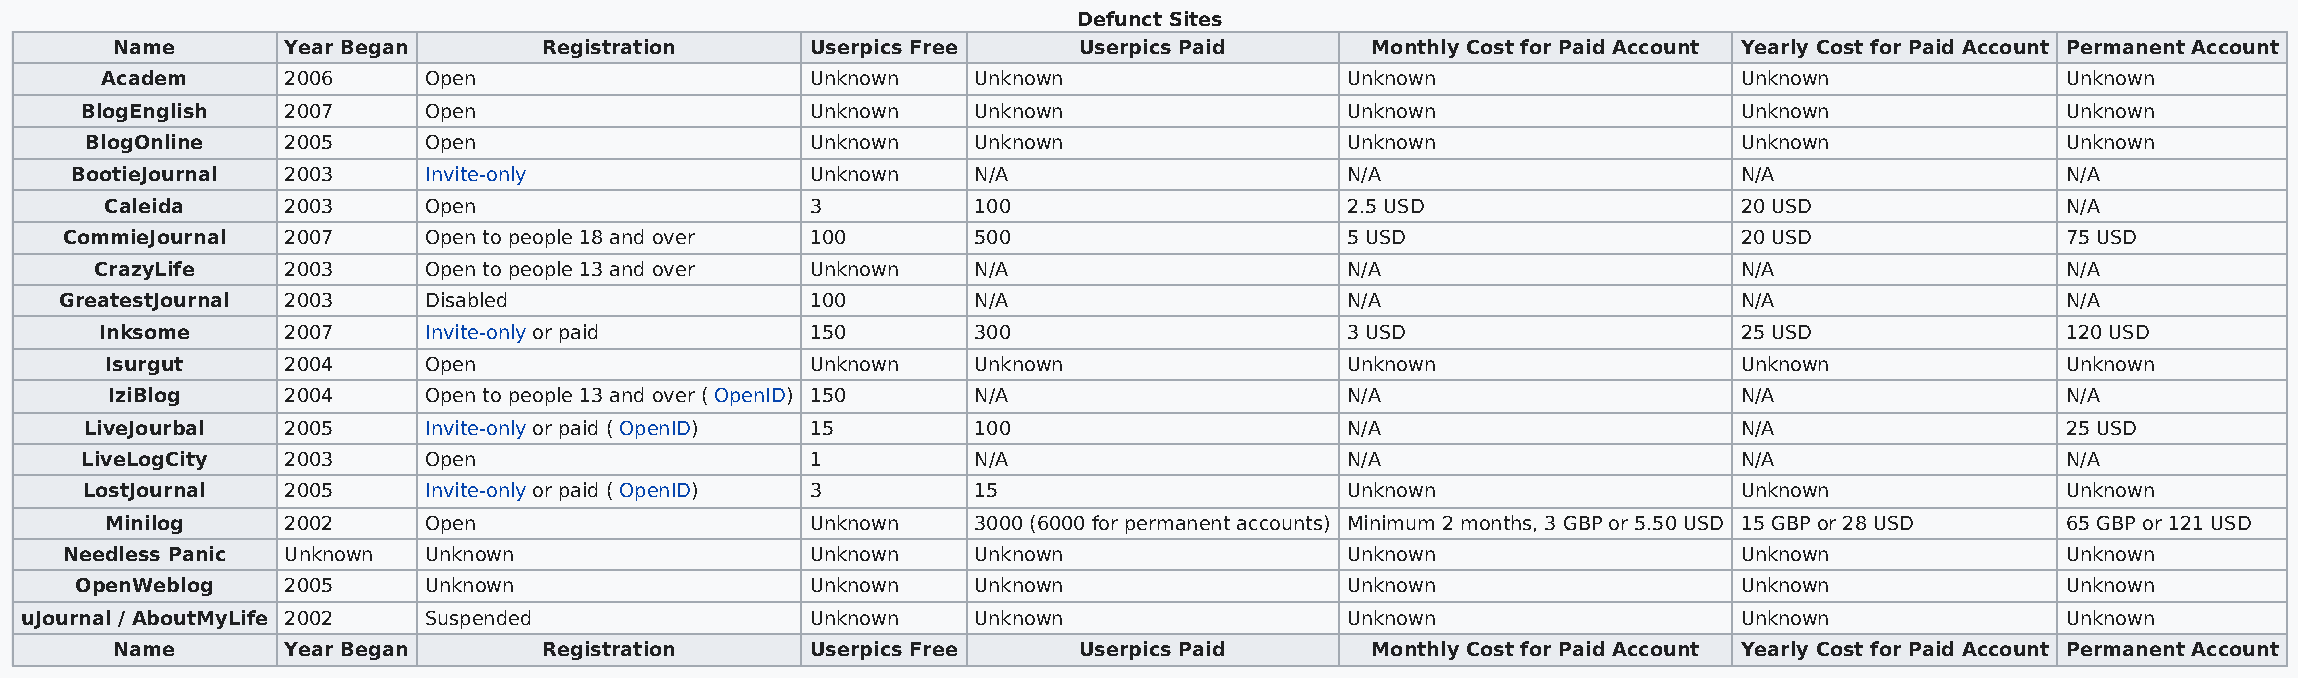
Defunct Sites
 Name       Year Began       Registration      Userpics Free    Userpics Paid       Monthly Cost for Paid Account Yearly Cost for Paid Account Permanent Account
 Academ      2006     Open                      Unknown    Unknown                 Unknown                   Unknown               Unknown
 BlogEnglish   2007     Open                      Unknown    Unknown                 Unknown                   Unknown               Unknown
 BlogOnline   2005     Open                      Unknown    Unknown                 Unknown                   Unknown               Unknown
 BootieJournal 2003     Invite-only               Unknown    N/A                     N/A                       N/A                   N/A
 Caleida     2003     Open                      3          100                     2.5 USD                   20 USD                N/A
 CommieJournal  2007     Open to people 18 and over 100       500                     5 USD                     20 USD                75 USD
 CrazyLife    2003     Open to people 13 and over Unknown   N/A                     N/A                       N/A                   N/A
 GreatestJournal 2003    Disabled                  100        N/A                     N/A                       N/A                   N/A
 Inksome     2007     Invite-only or paid       150        300                     3 USD                     25 USD                120 USD
 Isurgut     2004     Open                      Unknown    Unknown                 Unknown                   Unknown               Unknown
 IziBlog     2004     Open to people 13 and over ( OpenID) 150 N/A                 N/A                       N/A                   N/A
 LiveJourbal  2005     Invite-only or paid ( OpenID) 15     100                     N/A                       N/A                   25 USD
 LiveLogCity   2003     Open                      1          N/A                     N/A                       N/A                   N/A
 LostJournal   2005     Invite-only or paid ( OpenID) 3      15                      Unknown                   Unknown               Unknown
 Minilog     2002     Open                      Unknown    3000 (6000 for permanent accounts) Minimum 2 months, 3 GBP or 5.50 USD 15 GBP or 28 USD 65 GBP or 121 USD
 Needless Panic Unknown  Unknown                   Unknown    Unknown                 Unknown                   Unknown               Unknown
 OpenWeblog    2005     Unknown                   Unknown    Unknown                 Unknown                   Unknown               Unknown
 uJournal / AboutMyLife 2002 Suspended                Unknown    Unknown                 Unknown                   Unknown               Unknown
 Name       Year Began       Registration      Userpics Free    Userpics Paid       Monthly Cost for Paid Account Yearly Cost for Paid Account Permanent Account